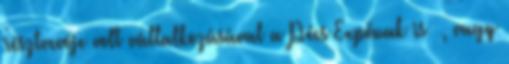
résztvevôje volt vállalkozásával a Pécs Expónak is –, vagy